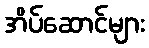
အိပ်ဆောင်များ